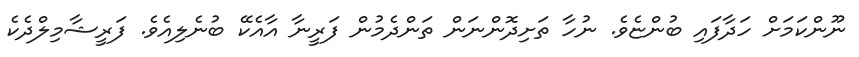
ނޫންކަމަށް ހަދާފައި ބުންޏެވެ. ނުހާ ތަށިދޮންނަން ތަންދެމުން ފަރީނާ އާއެކޭ ބުނެލިއެވެ. ފަރީޝާމިލްދެކެ